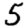
Digit: 5